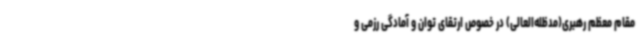
مقام معظم رهبری(مدظله‌العالی) در خصوص ارتقای توان و آمادگی رزمی و